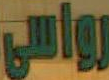
رواسي